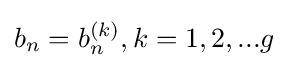
b_{n}=b_{n}^{(k)},k=1,2,...g